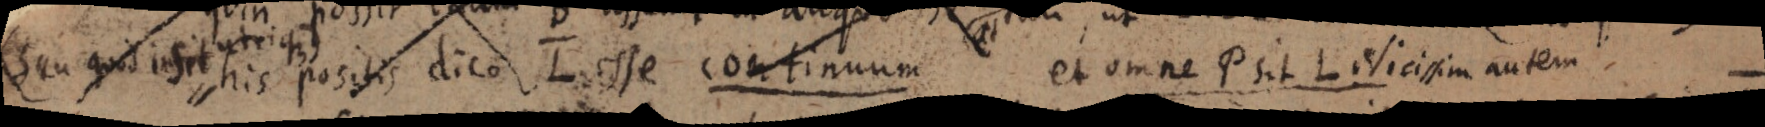
seu quod in sit his positis dico L esse continuum et omne P sit L vicissim autem